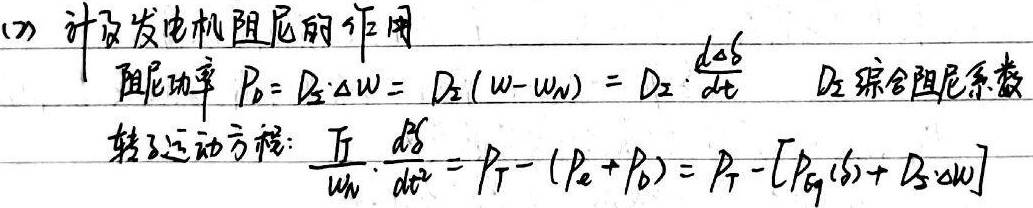
(2) 计及发电机阻尼的作用，阻尼功率 \(P_{D}= D_{2}\cdot\Delta\omega = D_{2}(\omega - \omega_{N}) = D_{2}\cdot\frac{d\Delta\delta}{dt}\)，\(D_{2}\)为综合阻尼系数。
转子运动方程: \(\frac{J}{ \omega_{N}}\cdot\frac{d^{2}\delta}{dt^{2}} = P_{T}-(P_{e}+P_{D}) = P_{T}-[P_{E}(\delta)+ D_{2}\cdot\Delta\omega]\)